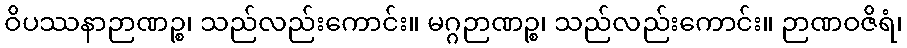
ဝိပဿနာဉာဏဉ္စ၊ သည်လည်းကောင်း။ မဂ္ဂဉာဏဉ္စ၊ သည်လည်းကောင်း။ ဉာဏဝဇိရံ၊